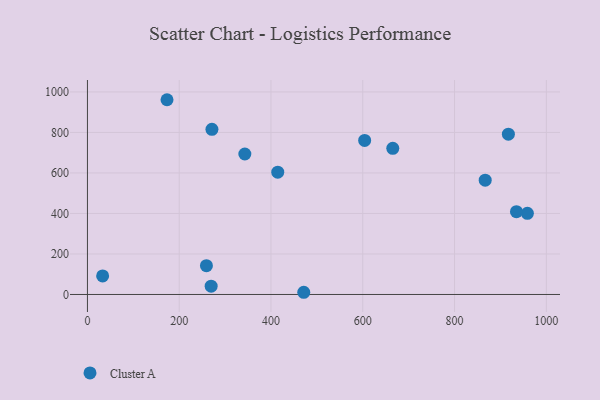
{"axis": {"x": "Speed", "y": "Exam Score"}, "legend": ["Cluster A"], "data": [{"x": "259.3", "y": 142.2, "type": "Cluster A"}, {"x": "958.7", "y": 400.8, "type": "Cluster A"}, {"x": "917.3", "y": 791.4, "type": "Cluster A"}, {"x": "866.8", "y": 564.5, "type": "Cluster A"}, {"x": "604.1", "y": 760.6, "type": "Cluster A"}, {"x": "471.4", "y": 10.9, "type": "Cluster A"}, {"x": "414.7", "y": 603.7, "type": "Cluster A"}, {"x": "269.6", "y": 41.2, "type": "Cluster A"}, {"x": "33.1", "y": 91.6, "type": "Cluster A"}, {"x": "173.4", "y": 961.6, "type": "Cluster A"}, {"x": "271.3", "y": 815.3, "type": "Cluster A"}, {"x": "665.4", "y": 721.7, "type": "Cluster A"}, {"x": "934.9", "y": 409.0, "type": "Cluster A"}, {"x": "343.0", "y": 693.5, "type": "Cluster A"}]}